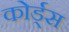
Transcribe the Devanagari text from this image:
कोर्ड्स